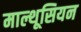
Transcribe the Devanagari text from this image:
माल्थूसियन